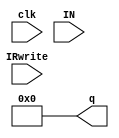
module IR(input clk,input [15:0] IN , input IRwrite, output reg [15:0] q);
assign q = 16'b0;
	always @(posedge clk) begin
		if(IRwrite)
			q = IN;
	end
endmodule